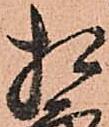
相